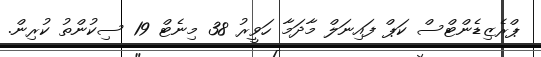
ޕްރެޒިޑެންޓްސް ކަޕް ފައިނަލް މާދަމާ ހަވީރު 38 މިނެޓް 19 ސިކުންތު ކުރިން.